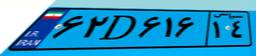
۶۲D۶۱۶۱۴